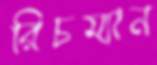
রিচম্যান